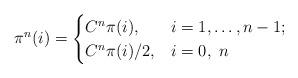
LaTeX: \begin{align*}\pi^{n}(i)=\begin{cases}C^{n}\pi(i), & i=1,\ldots,n-1;\\C^{n} \pi(i) / 2, & i=0,\ n\end{cases}\end{align*}